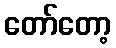
တော်တော့